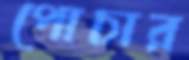
পোচার